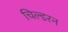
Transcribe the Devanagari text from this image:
चिल्डरन